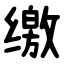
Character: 缴